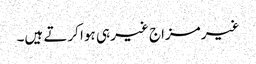
غیر مزاج غیر ہی ہوا کرتے ہیں۔